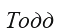
Тодд